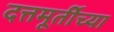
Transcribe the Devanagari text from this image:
दत्तमूर्तीच्या